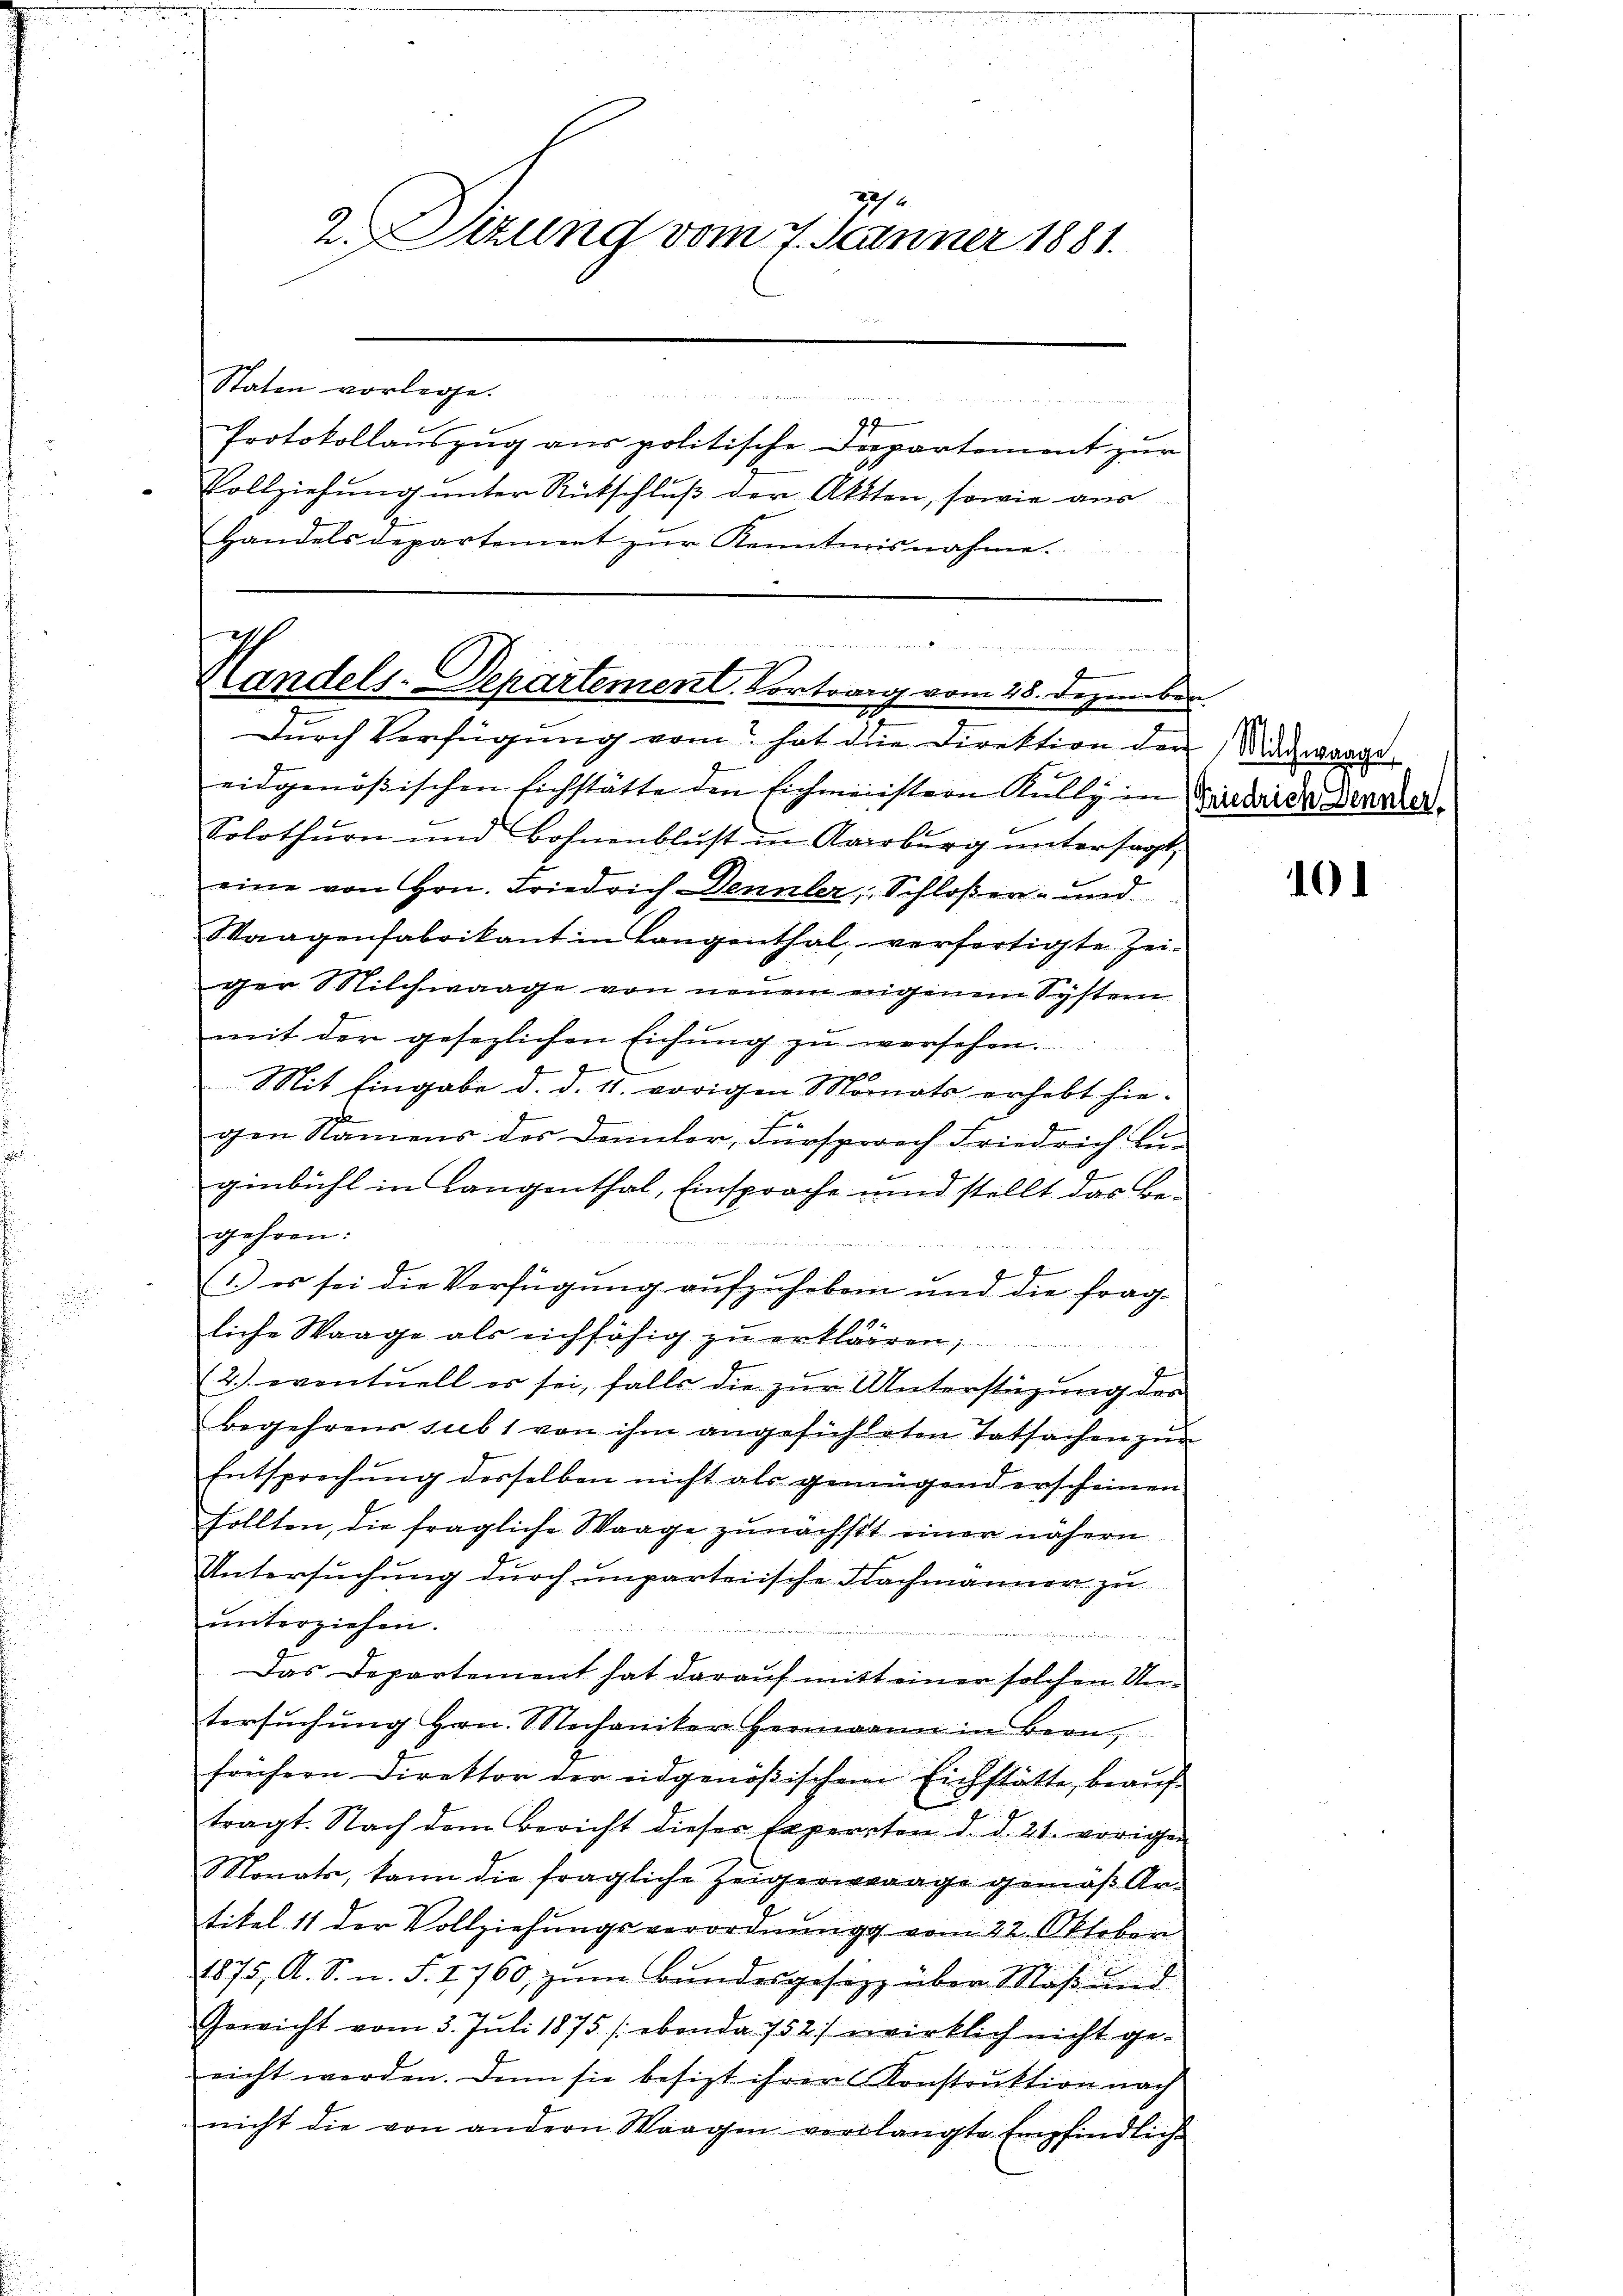
gehe
2.Situng vom 7. Jänner 1881.

Staten vorlege.

 v
Protokollauszug aus politische Departement zur
Vollziehung unter Rütschluß der Akten, sowie aus
Handelsdepartement zur Kenntnisnahme.

Ich

9
Klandels-Departement. Vortrag vom 28. Dezember.
Durch Verfügung vom hat die Direktion den Nidwaage,

eidgenößischen Eichstätte den Eichmeistern Kully in Kindeide Denzler.
Solothurn und Bohnenblust in Aarburg untersagt,
eine von Hrn. Friedrich-Vennler, Schloßen- und
Waagenfabrikant in Langenthal, verfertigte Zei-
ger Milchwaage von neuem eigenem System
mit der gesezlichen Eichŭng zŭ verschen.
20
Mit Eingabe d. d. 11. vorigen Monats erhebt hie-
gen Namens des Dennler, Fürsprech Friedrich Lu-
ginbühl in Langenthal, Einsprache und stellt das Be-
gehren:

1
e
(1.) es sei die Verfügung aufzuheben und die fragliche Waage als eichfähig zu erklären;
2) eventuell er sei, falls die zur Unterstüzung der
begehrens subs von ihm angefühleten Tatsachen zun
Entsprechŭng desselben nicht als genügend erscheinen
sollten, die fragliche Waage zunächst einer nähern
Untersuchung durch unparteiische Nachmänner zu
unterziehen.
an
Das Departement hat darauf mitt einer solchen Un-
tersuchung Hrn. Mechaniker Hermann in Bern,
frühern Direktor der eidgenößischen Eichstätte, beauftragt. Nach dem Bericht dieser Experrten d. d. 21. vorigen
Monats, kann die fragliche Zeigerwaage gemäß Ar-
tikel 11 der Vollziehungsverordnung vom 22. Oktober
1875, A. S. n. F. 1760, zŭm Bŭndesgesetz über Maß und
Gewicht vom 3. Juli 1875 (ebenda 752) wirklich nicht geeicht werden. Denn sie besizt ihrer Konstruktion nach
nicht die von andern Waagen verlangte Empfindlich-

101